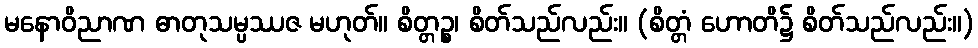
မနောဝိညာဏ ဓာတုသမ္ပဿဇ မဟုတ်။ စိတ္တဉ္စ၊ စိတ်သည်လည်း။ (စိတ္တံ ဟောတိ၌ စိတ်သည်လည်း။)